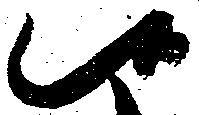
候